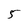
Character: 5